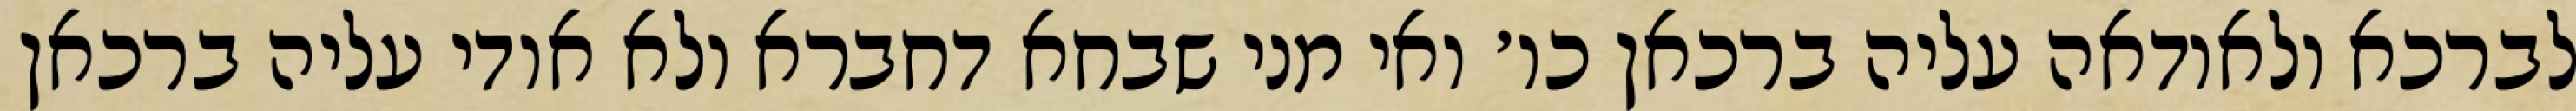
לברכא ולאודאה עליה ברכאן כו׳ ואי מני שבחא דחברא ולא אודי עליה ברכאן